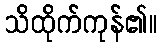
သိထိုက်ကုန်၏။